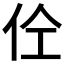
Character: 𱎨